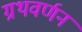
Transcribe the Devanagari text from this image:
ग्रथवर्णन